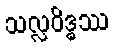
သလ္လဝိဒ္ဓဿ